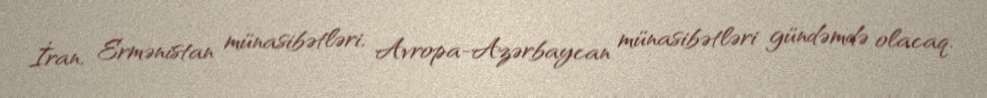
İran, Ermənistan münasibətləri, Avropa-Azərbaycan münasibətləri gündəmdə olacaq.